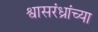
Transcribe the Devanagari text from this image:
श्वासरंध्रांच्या